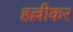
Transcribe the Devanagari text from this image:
हल्लीकर